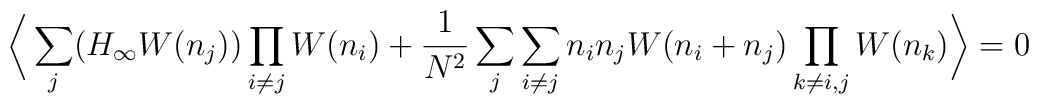
\bigg\langle \sum_{j} (H_{\infty}W(n_{j}))\prod_{i\not=j}W(n_{i}) +{1\over N^{2}} \sum_{j}\sum_{i\not=j}n_{i}n_{j} W(n_{i}+n_{j})\prod_{k\not=i,j}W(n_{k}) \bigg\rangle= 0